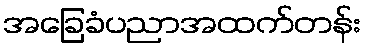
အခြေခံပညာအထက်တန်း